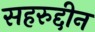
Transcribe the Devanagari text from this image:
सहरुद्दीन